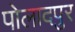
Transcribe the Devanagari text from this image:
पोलादपुर